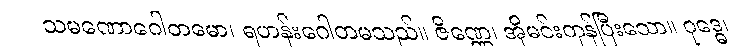
သမဏောဂေါတမော၊ ရဟန်းဂေါတမသည်။ ဇိဏ္ဏေ၊ အိုမင်းကုန်ပြီးသော။ ဝုဒ္ဓေ၊